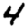
Digit: 4